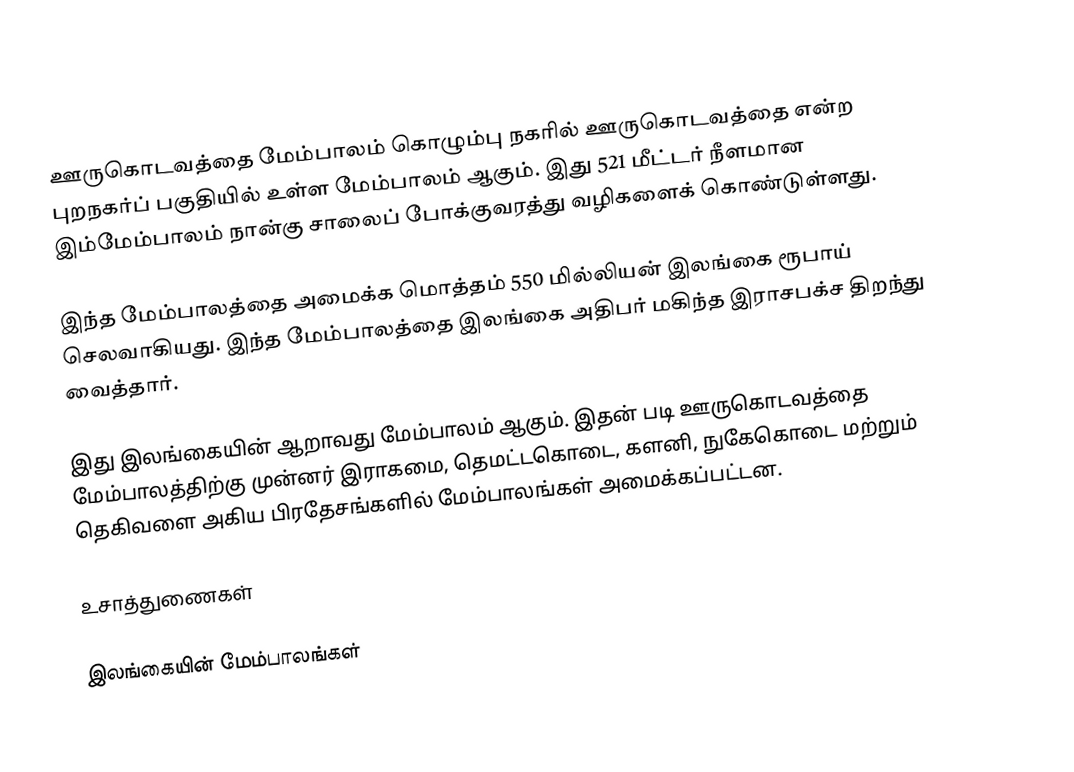
ஊருகொடவத்தை மேம்பாலம் கொழும்பு நகரில் ஊருகொடவத்தை என்ற புறநகர்ப் பகுதியில் உள்ள மேம்பாலம் ஆகும். இது 521 மீட்டர் நீளமான இம்மேம்பாலம் நான்கு சாலைப் போக்குவரத்து வழிகளைக் கொண்டுள்ளது.

இந்த மேம்பாலத்தை அமைக்க மொத்தம் 550 மில்லியன் இலங்கை ரூபாய் செலவாகியது. இந்த மேம்பாலத்தை இலங்கை அதிபர் மகிந்த இராசபக்ச திறந்து வைத்தார்.

இது இலங்கையின் ஆறாவது மேம்பாலம் ஆகும். இதன் படி ஊருகொடவத்தை மேம்பாலத்திற்கு முன்னர் இராகமை, தெமட்டகொடை, களனி, நுகேகொடை மற்றும் தெகிவளை அகிய பிரதேசங்களில் மேம்பாலங்கள் அமைக்கப்பட்டன.

உசாத்துணைகள்

இலங்கையின் மேம்பாலங்கள்